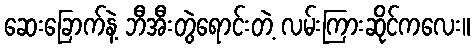
ဆေးခြောက်နဲ့ ဘီအီးတွဲရောင်းတဲ့ လမ်းကြားဆိုင်ကလေး။